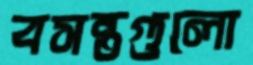
বসন্তগুলো